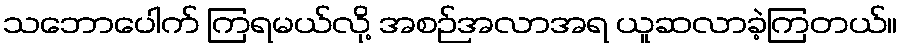
သဘောပေါက် ကြရမယ်လို့ အစဉ်အလာအရ ယူဆလာခဲ့ကြတယ်။